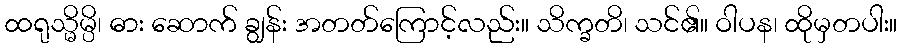
ထရုသ္မိမ္ပိ၊ ဓား ဆောက် ချွန်း အတတ်ကြောင့်လည်း။ သိက္ခတိ၊ သင်၏။ ဝါပန၊ ထိုမှတပါး။